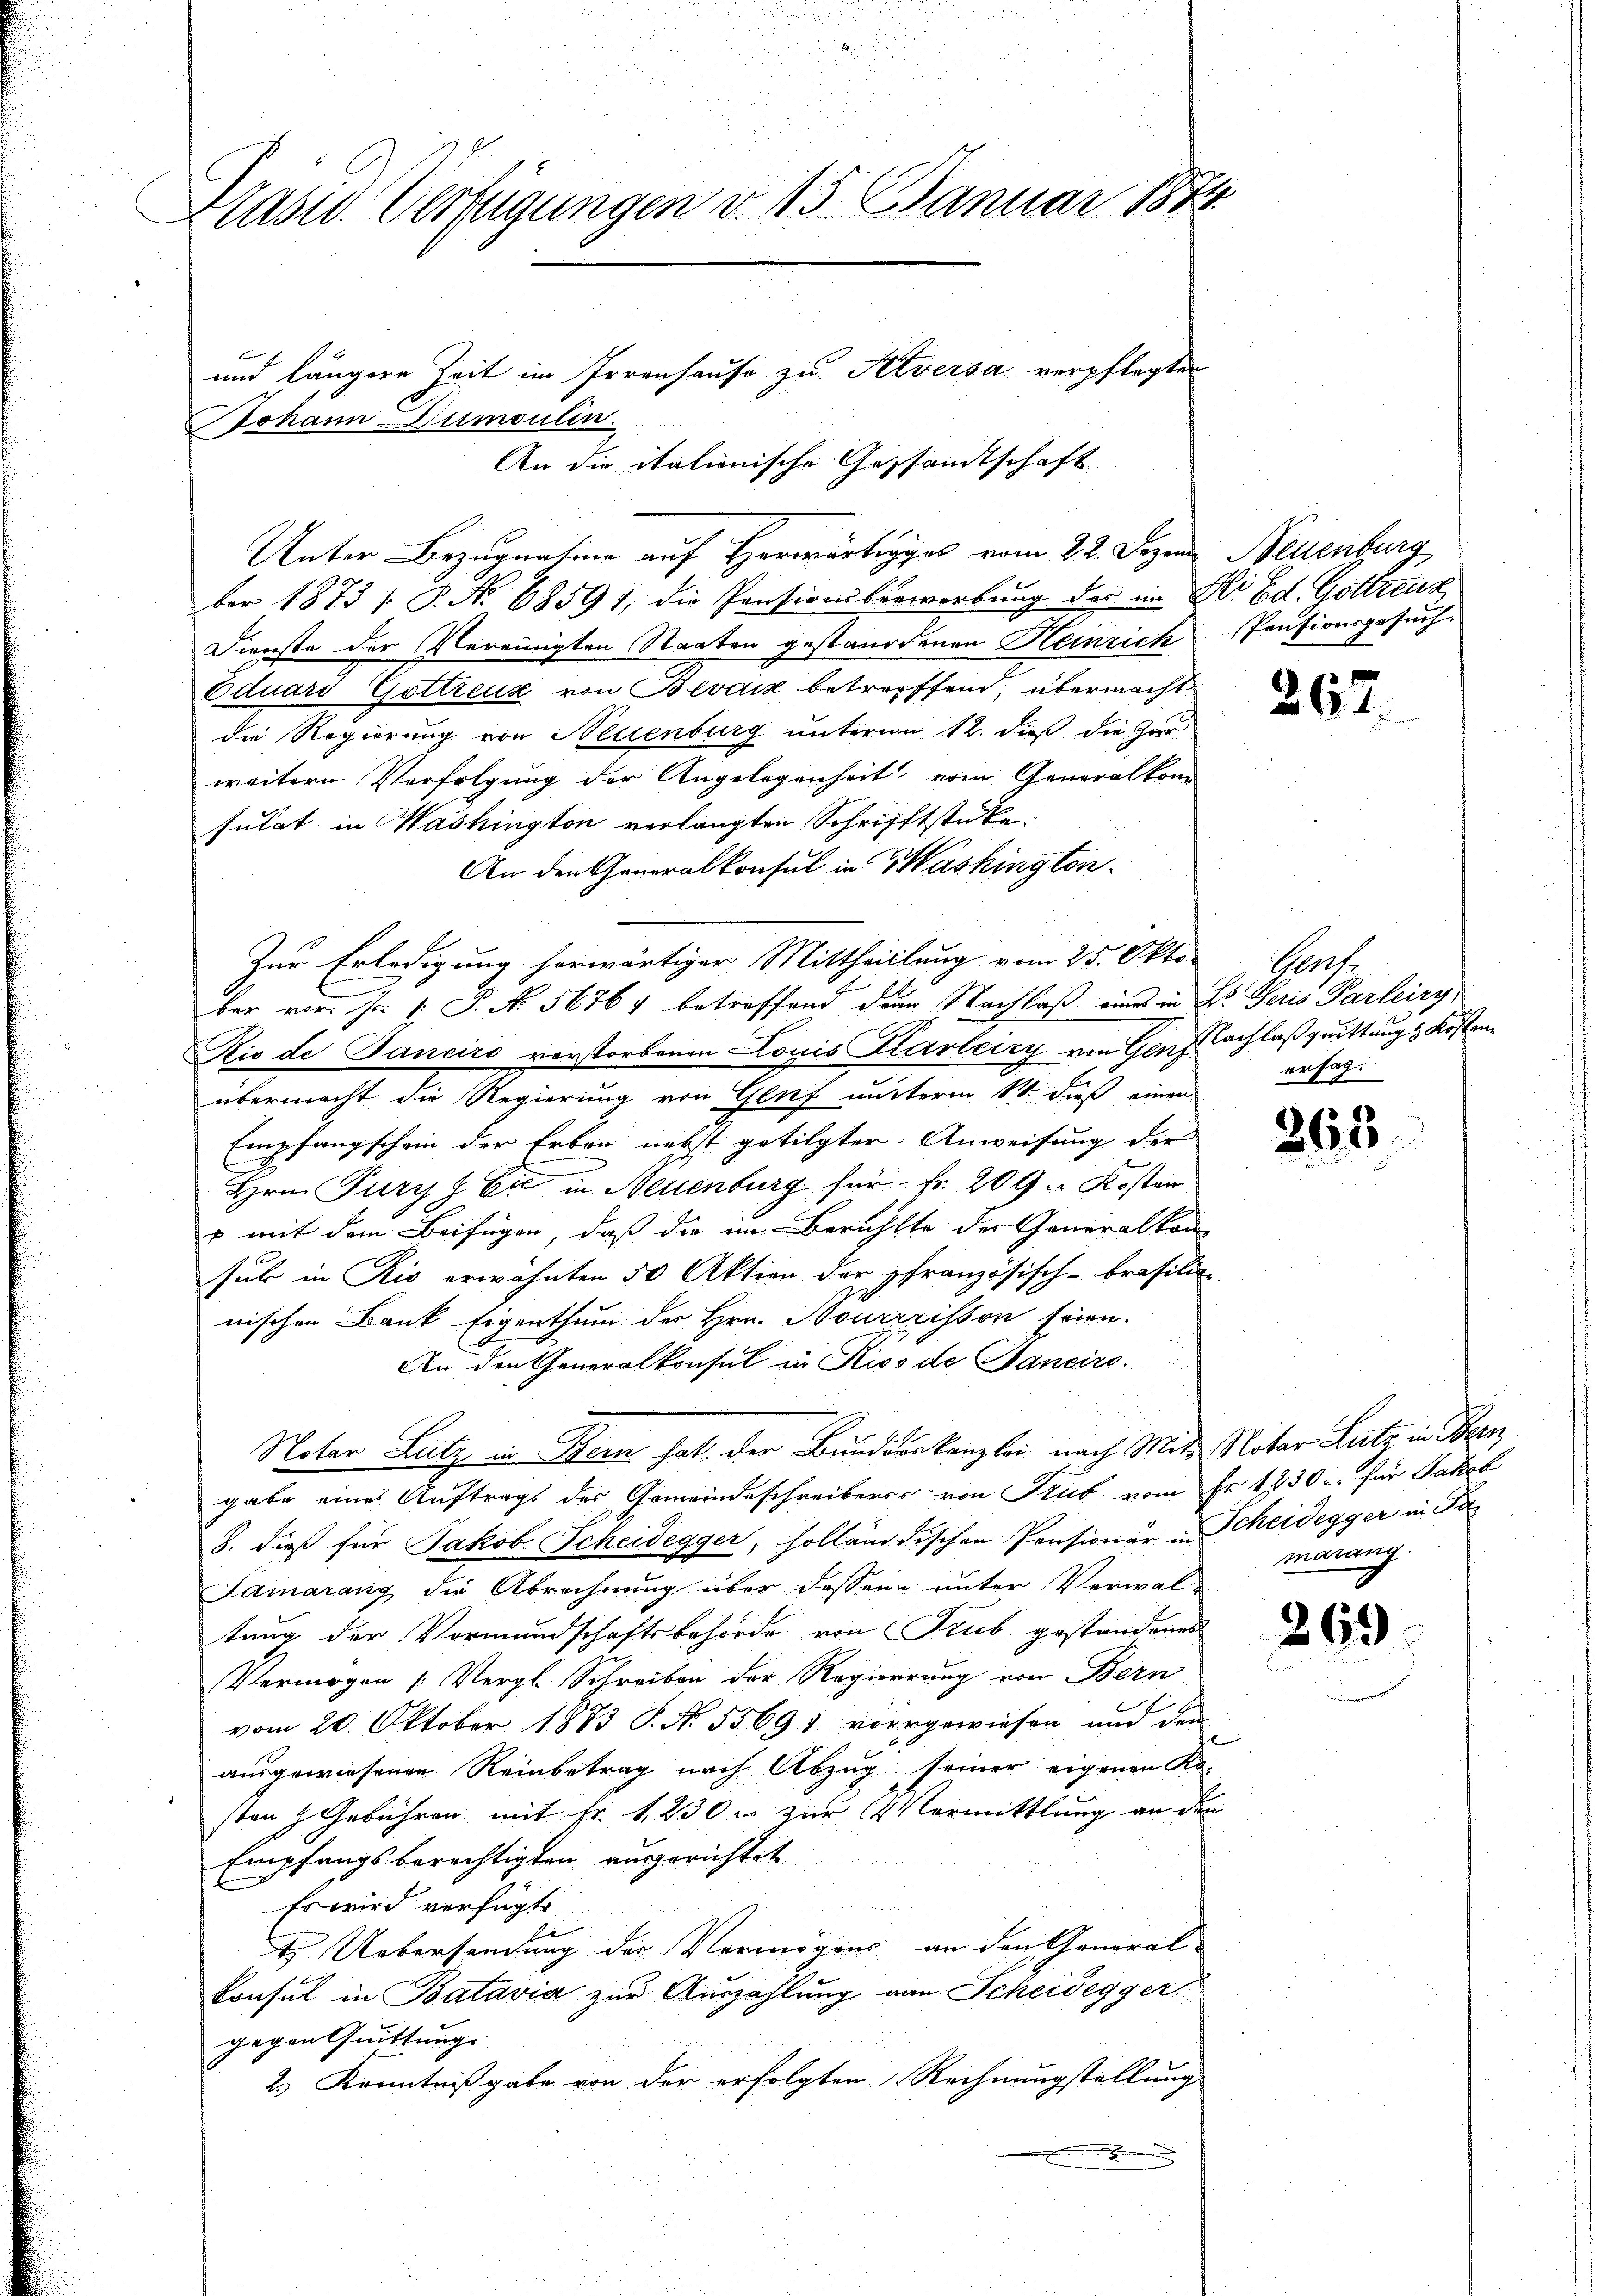
Prasw. Verfügungen v. 15. Januar 187
und längere Zeit im Irrenhause zu Atversa verpflegten
Johann Dumoulin
An die italienische Gesandtschaft

Unter Bezugnasione auf Horwärtige vom 22. Dezen Neuenburg,
ber 1873 / P. No 68591, die Pensionsberwerbung der im Ali Ed. Gottreng
Dienste der Vereinigten Staaten gestandtenen Heinrich Pensionsgesuch¬
Eduard Göttreux von Bevdik betreffend, übermacht
die Regierung von Neuenburg unterm 12. dieß die Zur
weitern Verfolgung der Angelegenheit vom Generalkon
sulat in Washington verlangten Schrifftstücke.
An den Generalkonsul in Washingtonber von Fr. 1. P. Nr. 56764 betreffend dann Nachlaß eines in Dr. Geris Parleiry,
Kio de Janeiro verstorbenen Louis Klarleiry von Genf nachlaßquittung & Kostenübermacht die Regierung von Genf unterm 14. dieß einen
Empfangschein der Erben nebst getilgter Anweisung der
Hrn. Pury z Ei in Neuenburg für Fr. 209. Kosten
v mit dem Beifügen, daß die im Berichtte der Generalkon
sul in Rio erwähnten 50 Aktion der pfranzösisch-brasilie
nischen Dank Eigenthum der Hrn. Bourrisson seien.
An den Generalkonsul in Riss de Janeiro
Notar Lutz in Bern hat. Der Bundverkanzlei nach Mit Notar Lutz in Bern
gabe eines Auftrags des Gemeindeschreiberis von Trub vom Fr. 1830. für Paket
8. dieß für Jakob Scheidegger, solländischen Pensionär in Scheidegger in Pa¬
Samarang die Abrechnung über dessen unter Verwaltung der Vormundschaftsbehörde von Trub gestandenes
Vermögen [Vergl. Schreiben der Regierung von Bern
vom 20. Oktober 1873 S. No. 55691 vorgewiesen und den
be
ausgewiesenen Reinbetrag nach Abzug seiner eigenen Kosten  Gebühren mit Fr. 1230. zur Vermittlung an den
Empfangsberechtigten ausgerichtet
u
Es wird verfügt:
t Uebersendung der Vermögens an den General-
konsul in Batavia zur Auszahlung von Scheidegger
gegen Quittung
2.) Kenntnißgabe von der erfolgten Rechnungstellung
.

Zur Erledigung herwärtiger Mittheillung vom 25. Okto- Genf

26

ersag.

26.

3

marang

269